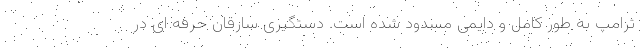
ترامپ به طور کامل و دایمی مسدود شده است. دستگیری سارقان حرفه ای در